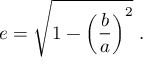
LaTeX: e = { \sqrt { 1 - \left( { \frac { b } { a } } \right) ^ { 2 } } } \ .